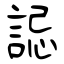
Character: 誋